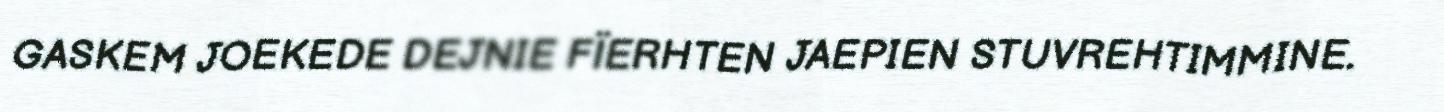
GASKEM JOEKEDE DEJNIE FÏERHTEN JAEPIEN STUVREHTIMMINE.